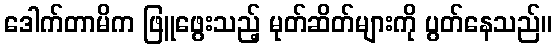
ဒေါက်တာမိက ဖြူဖွေးသည့် မုတ်ဆိတ်များကို ပွတ်နေသည်။